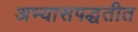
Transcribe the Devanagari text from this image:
अभ्यासपद्धतीत